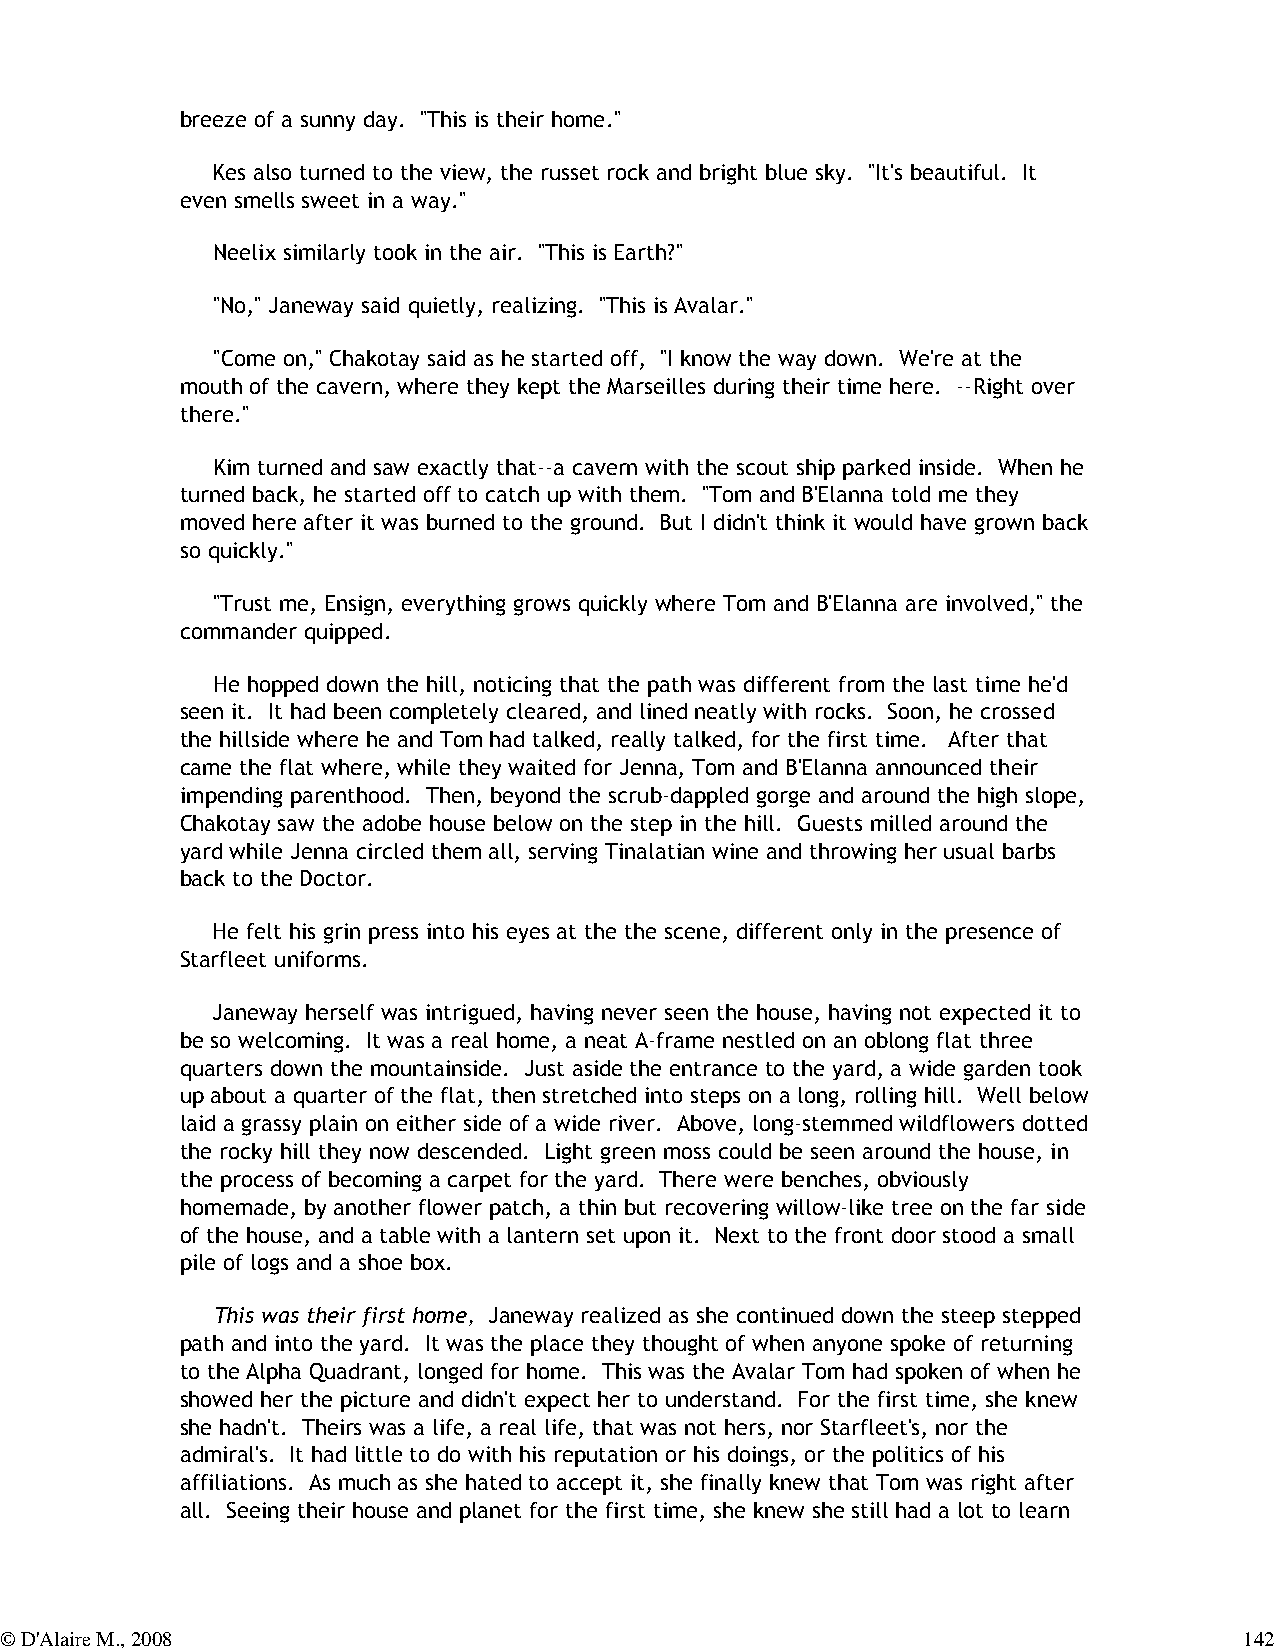
breeze of a sunny day. "This is their home."
 Kes also turned to the view, the russet rock and bright blue sky. "It's beautiful. It
 even smells sweet in a way."
 Neelix similarly took in the air. "This is Earth?"
 "No," Janeway said quietly, realizing. "This is Avalar."
 "Come on," Chakotay said as he started off, "I know the way down. We're at the
 mouth of the cavern, where they kept the Marseilles during their time here. --Right over
 there."
 Kim turned and saw exactly that--a cavern with the scout ship parked inside. When he
 turned back, he started off to catch up with them. "Tom and B'Elanna told me they
 moved here after it was burned to the ground. But I didn't think it would have grown back
 so quickly."
 "Trust me, Ensign, everything grows quickly where Tom and B'Elanna are involved," the
 commander quipped.
 He hopped down the hill, noticing that the path was different from the last time he'd
 seen it. It had been completely cleared, and lined neatly with rocks. Soon, he crossed
 the hillside where he and Tom had talked, really talked, for the first time. After that
 came the flat where, while they waited for Jenna, Tom and B'Elanna announced their
 impending parenthood. Then, beyond the scrub-dappled gorge and around the high slope,
 Chakotay saw the adobe house below on the step in the hill. Guests milled around the
 yard while Jenna circled them all, serving Tinalatian wine and throwing her usual barbs
 back to the Doctor.
 He felt his grin press into his eyes at the the scene, different only in the presence of
 Starfleet uniforms.
 Janeway herself was intrigued, having never seen the house, having not expected it to
 be so welcoming. It was a real home, a neat A-frame nestled on an oblong flat three
 quarters down the mountainside. Just aside the entrance to the yard, a wide garden took
 up about a quarter of the flat, then stretched into steps on a long, rolling hill. Well below
 laid a grassy plain on either side of a wide river. Above, long-stemmed wildflowers dotted
 the rocky hill they now descended. Light green moss could be seen around the house, in
 the process of becoming a carpet for the yard. There were benches, obviously
 homemade, by another flower patch, a thin but recovering willow-like tree on the far side
 of the house, and a table with a lantern set upon it. Next to the front door stood a small
 pile of logs and a shoe box.
 This was their first home, Janeway realized as she continued down the steep stepped
 path and into the yard. It was the place they thought of when anyone spoke of returning
 to the Alpha Quadrant, longed for home. This was the Avalar Tom had spoken of when he
 showed her the picture and didn't expect her to understand. For the first time, she knew
 she hadn't. Theirs was a life, a real life, that was not hers, nor Starfleet's, nor the
 admiral's. It had little to do with his reputation or his doings, or the politics of his
 affiliations. As much as she hated to accept it, she finally knew that Tom was right after
 all. Seeing their house and planet for the first time, she knew she still had a lot to learn
 © D'Alaire M., 2008                                                               142